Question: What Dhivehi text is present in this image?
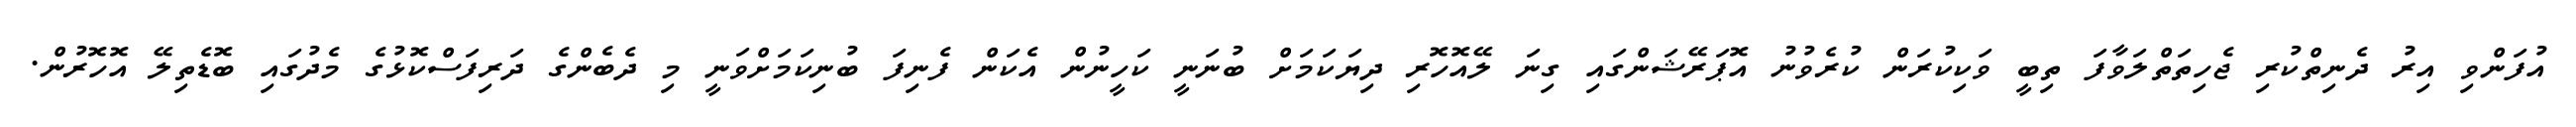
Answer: އުފަންވި އިރު ދެނިތްކުރި ޖެހިތަތްލަވާފަ ތިބީ ވަކިކުރަން ކުރެވުނު އޮޕަރޭޝަންގައި ގިނަ ލޭއޮހޮރި ދިޔަކަމަށް ބުނަނީ ކަހީނުން އެކަން ފެނިފަ ބުނިކަމަށްވަނީ މި ދެބެންގެ ދަރިފަސްކޮޅުގެ މެދުގައި ބޮޑެތިލޭ އޮހޮރުން.